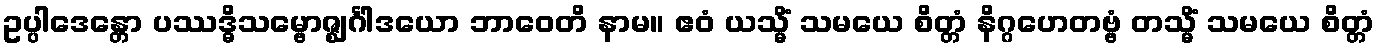
ဥပ္ပါဒေန္တော ပဿဒ္ဓိသမ္ဗောဇ္ဈင်္ဂါဒယော ဘာဝေတိ နာမ။ ဧဝံ ယသ္မိံ သမယေ စိတ္တံ နိဂ္ဂဟေတဗ္ဗံ တသ္မိံ သမယေ စိတ္တံ